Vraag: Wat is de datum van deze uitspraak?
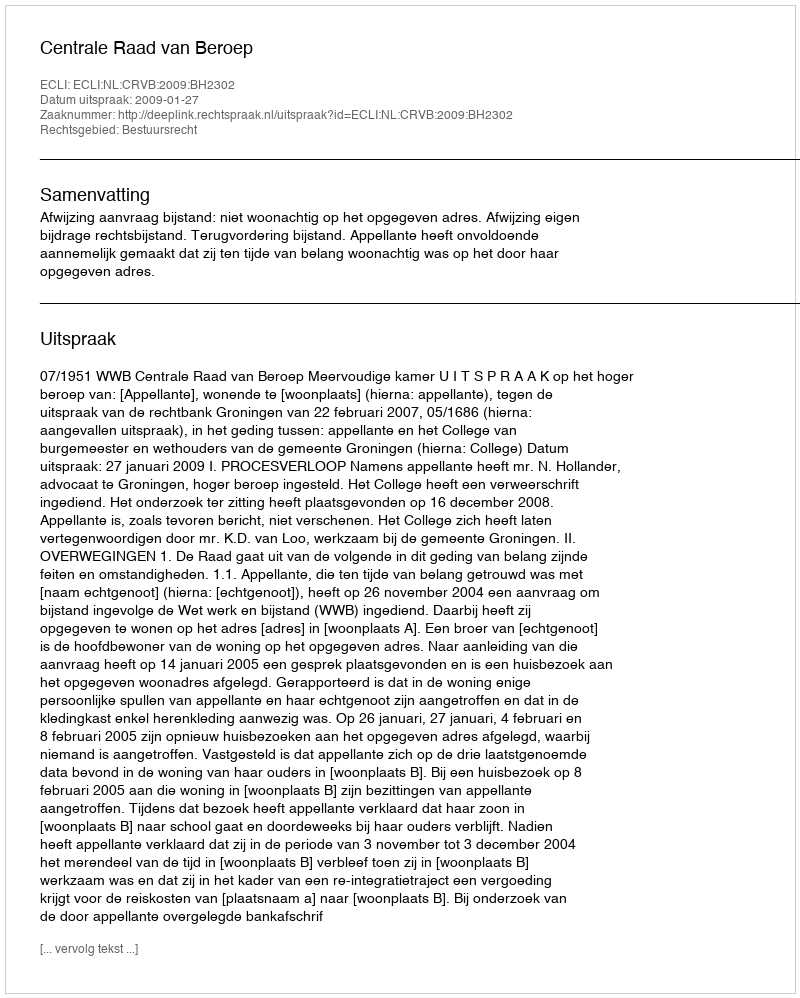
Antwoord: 2009-01-27